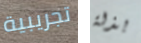
تجريبية بذلة